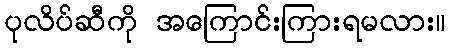
ပုလိပ်ဆီကို အကြောင်းကြားရမလား။